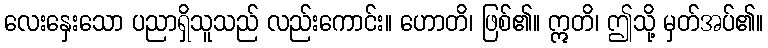
လေးနှေးသော ပညာရှိသူသည် လည်းကောင်း။ ဟောတိ၊ ဖြစ်၏။ ဣတိ၊ ဤသို့ မှတ်အပ်၏။